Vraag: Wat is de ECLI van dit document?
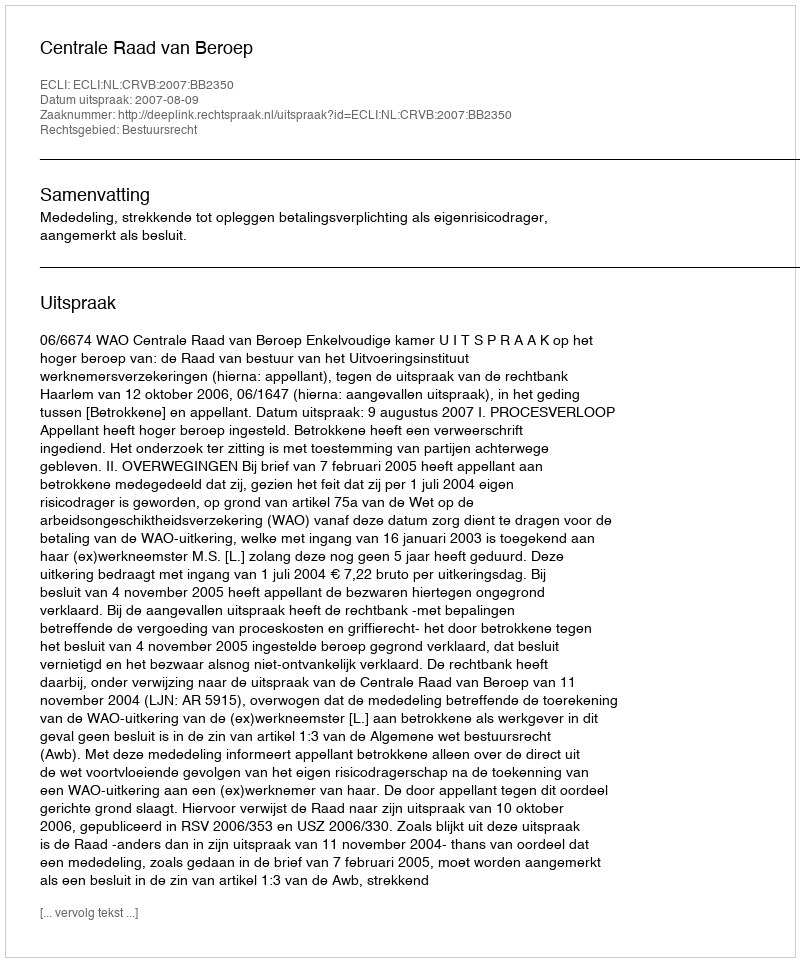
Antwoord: ECLI:NL:CRVB:2007:BB2350